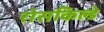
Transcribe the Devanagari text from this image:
रोसकिल्डे